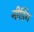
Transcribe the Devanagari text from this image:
नीडिंग